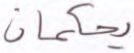
يحكمان